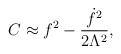
\begin{align*}C\approx f^2-\frac{{\dot f}^2}{2\Lambda^2},\end{align*}